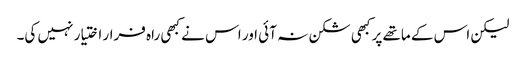
لیکن اس کے ماتھے پر کبھی شکن نہ آئی اور اس نے کبھی راہ فرار اختیار نہیں کی۔